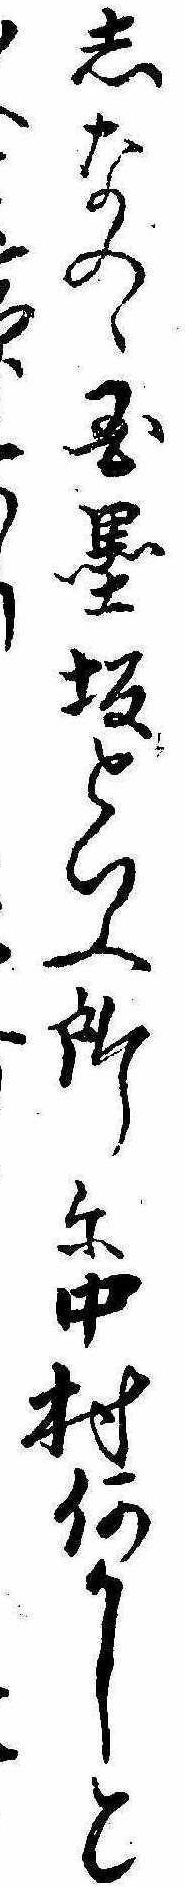
しなのゝ国墨坂といふ所に中村何かしとり